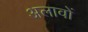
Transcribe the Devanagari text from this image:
अलावों